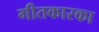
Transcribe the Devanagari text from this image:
गीतकारका